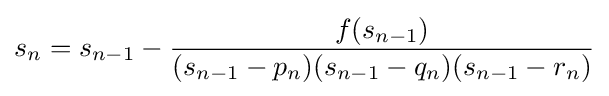
s_{n}=s_{n-1}-{\frac {f(s_{n-1})}{(s_{n-1}-p_{n})(s_{n-1}-q_{n})(s_{n-1}-r_{n})}}